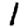
Digit: 1